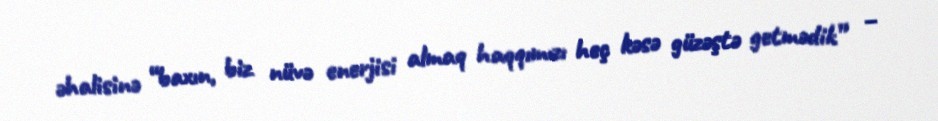
əhalisinə “baxın, biz nüvə enerjisi almaq haqqımızı heç kəsə güzəştə getmədik” –